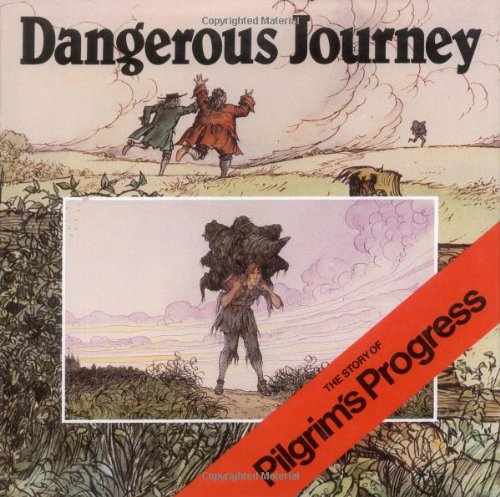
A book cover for Dangerous Journey: The Story of Pilgrim's Progress; Oliver Hunkin; Children's Books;